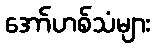
အော်ဟစ်သံများ